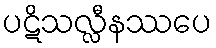
ပဋိသလ္လီနဿပေ